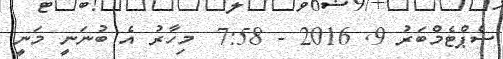
ސެޕްޓެމްބަރު 9